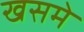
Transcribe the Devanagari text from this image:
खसमे